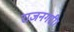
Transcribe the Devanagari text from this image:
राजनगरी।